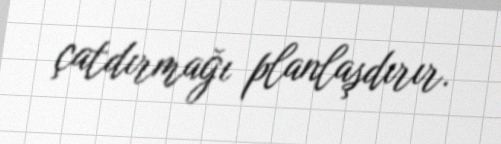
çatdırmağı planlaşdırır.